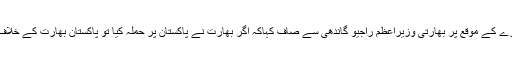
انہوں نے بھارت کے دورے کے موقع پر بھارتی وزیراعظم راجیو گاندھی سے صاف کہاکہ اگر بھارت نے پاکستان پر حملہ کیا تو پاکستان بھارت کے خلاف ایٹم بم استعمال کرے گا۔